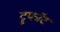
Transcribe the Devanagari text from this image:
ट्रूफॉट